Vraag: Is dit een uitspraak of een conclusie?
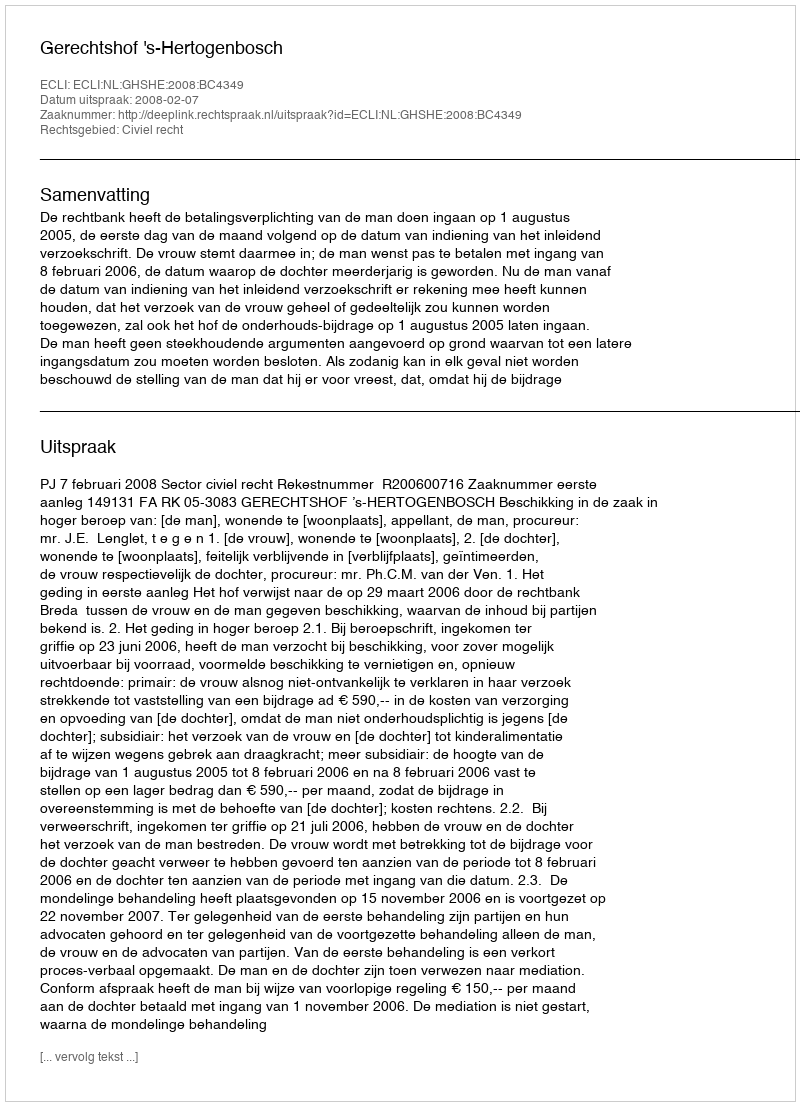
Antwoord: Uitspraak